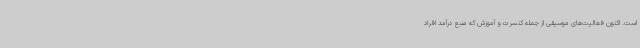
است. اکنون فعالیت‌های موسیقی از جمله کنسرت و آموزش که منبع درآمد افراد